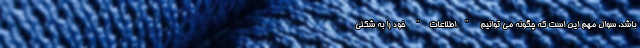
باشد. سوال مهم این است که چگونه می توانیم "اطلاعات" خود را به شکلی